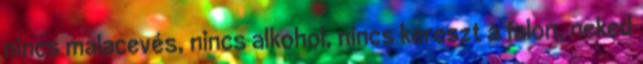
nincs malacevés, nincs alkohol, nincs kereszt a falon, neked